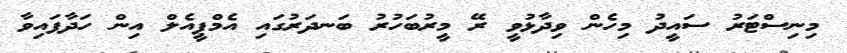
މިނިސްޓަރު ސައީދު މިހެން ވިދާޅުވީ ރޭ މީރުބަހުރު ބަނދަރުގައި އެމްޕީއެލް އިން ހަދާފައިވާ